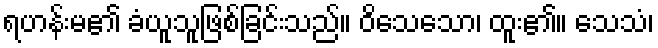
ရဟန်းမ၏ ခံယူသူဖြစ်ခြင်းသည်။ ဝိသေသော၊ ထူး၏။ သေသံ၊